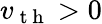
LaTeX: v_{\mathrm{~t~h~}}>0